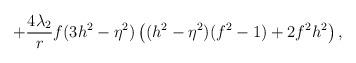
LaTeX: \begin{align*}+\frac{4\lambda_2}{r} f(3h^2 -\eta^2)\left( (h^2 -\eta^2)(f^2 -1) +2f^2 h^2 \right) ,\end{align*}